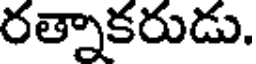
రత్నాకరుడు.